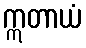
ဣတာယံ